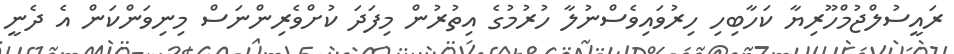
ރައީސުލްޖުމްހޫރިޔާ ކަހާބިހި ހިރުވައިވެސްނުލާ ހުރުމުގެ އިތުރުން މިފަދަ ކުށްވެރިންނަސް މިނިވަންކަން އެ ދެނީ